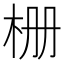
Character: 栅